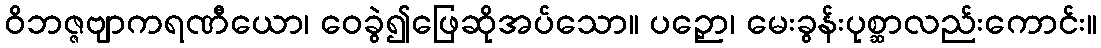
ဝိဘဇ္ဇဗျာကရဏီယော၊ ဝေခွဲ၍ဖြေဆိုအပ်သော။ ပဉှော၊ မေးခွန်းပုစ္ဆာလည်းကောင်း။